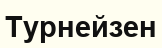
Турнейзен